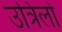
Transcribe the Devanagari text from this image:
उत्रिलो